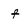
Character: f